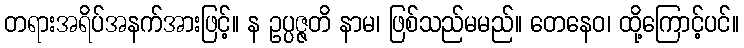
တရားအရိပ်အနက်အားဖြင့်။ န ဥပ္ပဇ္ဇတိ နာမ၊ ဖြစ်သည်မမည်။ တေနေဝ၊ ထို့ကြောင့်ပင်။